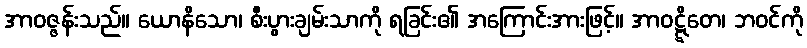
အာဝဇ္ဇန်းသည်။ ယောနိသော၊ စီးပွားချမ်းသာကို ရခြင်း၏ အကြောင်းအားဖြင့်။ အာဝဋ္ဋိတေ၊ ဘဝင်ကို